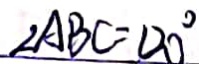
\angle A B C = 1 2 0 ^ { \circ }